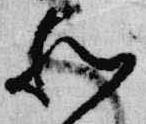
和